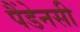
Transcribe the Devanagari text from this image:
पैंडेनसी